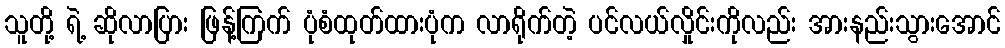
သူတို့ ရဲ့ ဆိုလာပြား ဖြန့်ကြက် ပုံစံထုတ်ထားပုံက လာရိုက်တဲ့ ပင်လယ်လှိုင်းကိုလည်း အားနည်းသွားအောင်